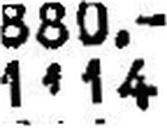
114